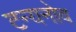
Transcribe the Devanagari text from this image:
टन्यनोव